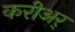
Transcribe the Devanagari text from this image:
करीअर्